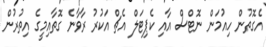
އެގޮތުން ހިއުމަން ނޮޓްސް އާއި ކެޕިޓަލް އެޗް އަކުރު ރާވާނެ ގޮތާއިމީގެ އިތުރުން